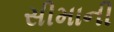
સીમાની